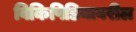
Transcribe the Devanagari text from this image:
विकिपिडियावरील